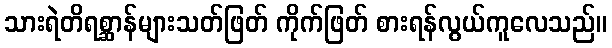
သားရဲတိရစ္ဆာန်များသတ်ဖြတ် ကိုက်ဖြတ် စားရန်လွယ်ကူလေသည်။